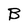
Character: B